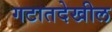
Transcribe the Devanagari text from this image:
गटातदेखील